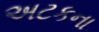
અટકના